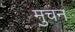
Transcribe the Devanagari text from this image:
मुचन